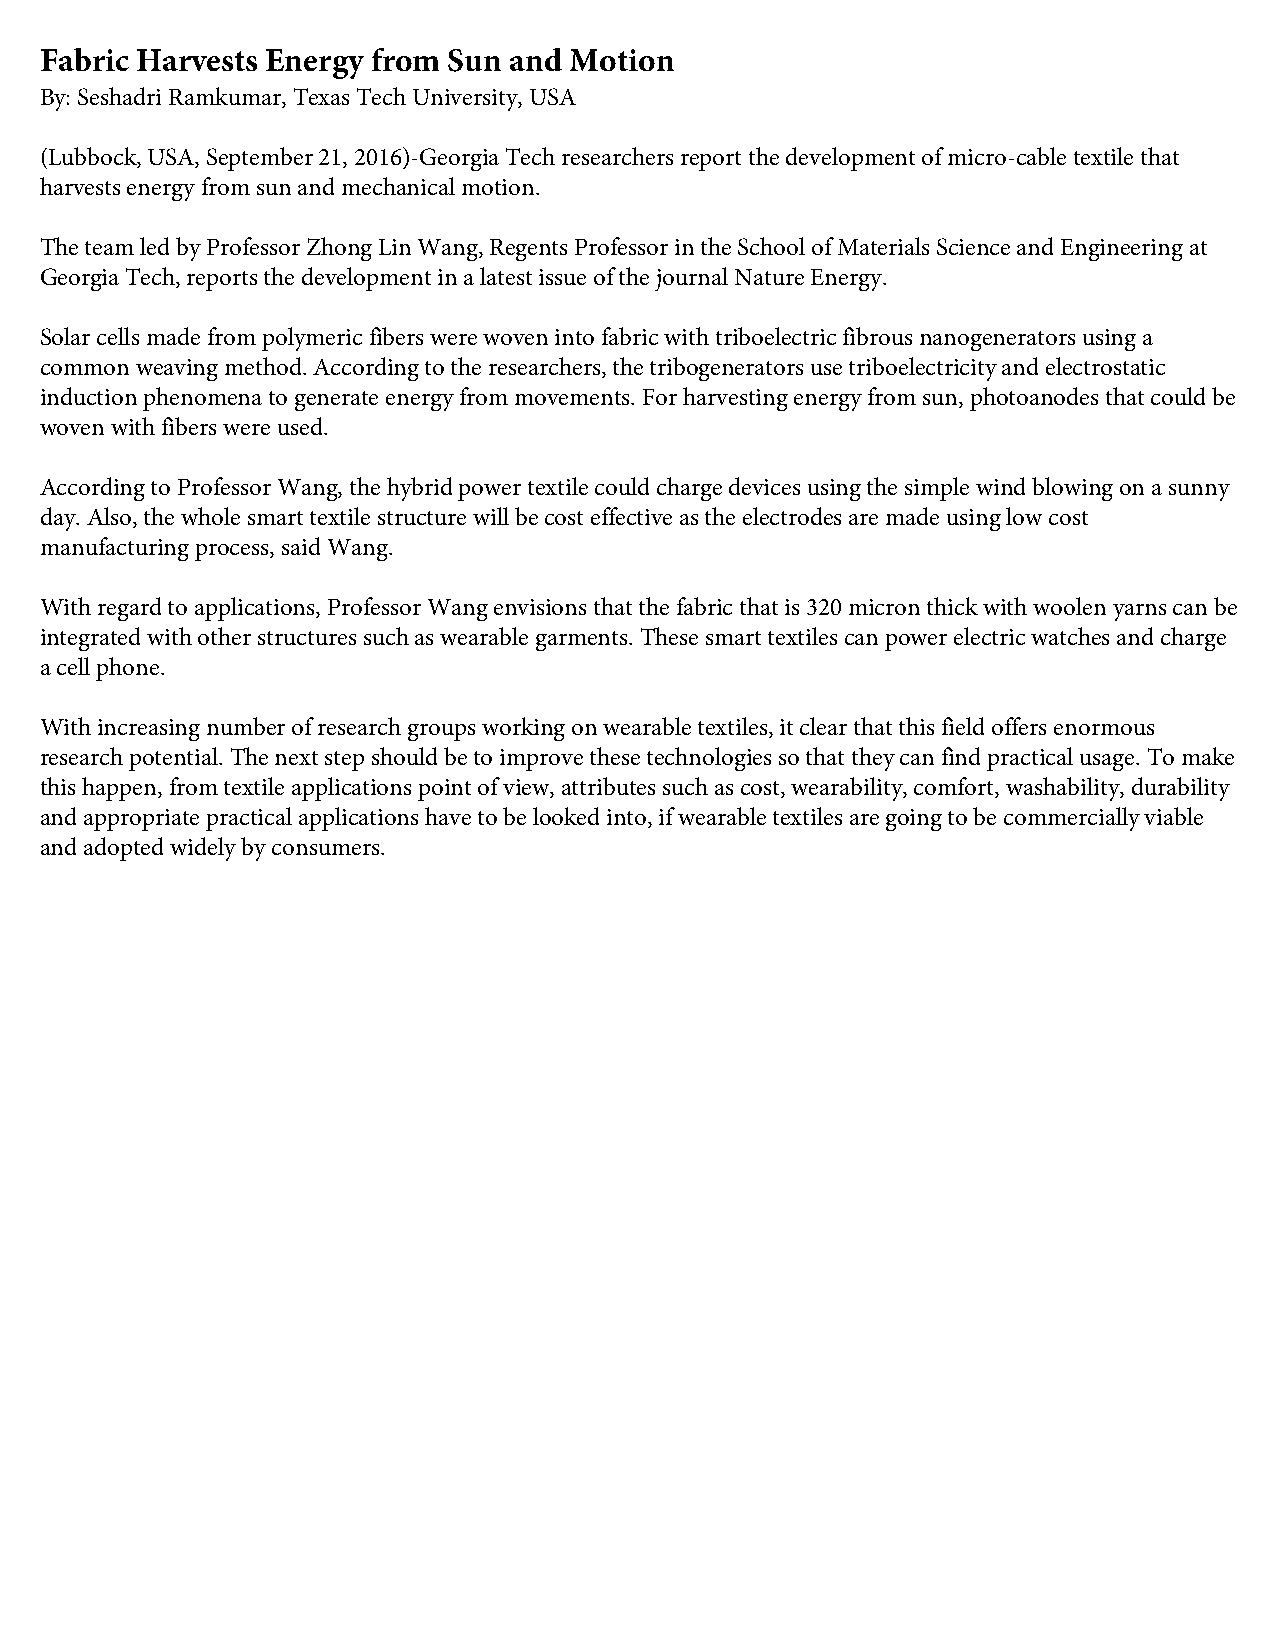
Fabric Harvests Energy from Sun and Motion
 By: Seshadri Ramkumar, Texas Tech University, USA
 (Lubbock, USA, September 21, 2016)-Georgia Tech researchers report the development of micro-cable textile that
 harvests energy from sun and mechanical motion.
 The team led by Professor Zhong Lin Wang, Regents Professor in the School of Materials Science and Engineering at
 Georgia Tech, reports the development in a latest issue of the journal Nature Energy.
 Solar cells made from polymeric fibers were woven into fabric with triboelectric fibrous nanogenerators using a
 common weaving method. According to the researchers, the tribogenerators use triboelectricity and electrostatic
 induction phenomena to generate energy from movements. For harvesting energy from sun, photoanodes that could be
 woven with fibers were used.
 According to Professor Wang, the hybrid power textile could charge devices using the simple wind blowing on a sunny
 day. Also, the whole smart textile structure will be cost effective as the electrodes are made using low cost
 manufacturing process, said Wang.
 With regard to applications, Professor Wang envisions that the fabric that is 320 micron thick with woolen yarns can be
 integrated with other structures such as wearable garments. These smart textiles can power electric watches and charge
 a cell phone.
 With increasing number of research groups working on wearable textiles, it clear that this field offers enormous
 research potential. The next step should be to improve these technologies so that they can find practical usage. To make
 this happen, from textile applications point of view, attributes such as cost, wearability, comfort, washability, durability
 and appropriate practical applications have to be looked into, if wearable textiles are going to be commercially viable
 and adopted widely by consumers.